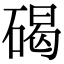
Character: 碣